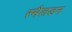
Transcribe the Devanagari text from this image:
स्मैलडन